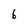
Character: 6